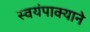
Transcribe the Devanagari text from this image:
स्वयंपाक्याने